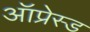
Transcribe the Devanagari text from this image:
ऑप्रेस्ड